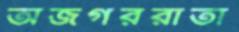
অজগররাতা